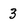
Character: 3